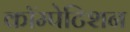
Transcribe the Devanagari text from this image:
कॉम्पेटिशन